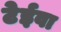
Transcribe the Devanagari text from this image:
टेईवा